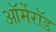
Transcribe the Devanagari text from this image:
ऑर्मेरॉड